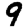
Digit: 9